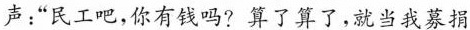
声:“民工吧，你有钱吗?算了算了，就当我募捐